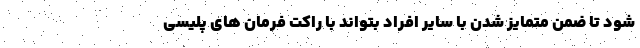
شود تا ضمن متمایز شدن با سایر افراد بتواند با راکت فرمان های پلیسی